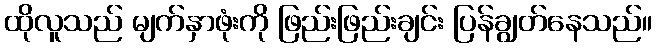
ထိုလူသည် မျက်နှာဖုံးကို ဖြည်းဖြည်းချင်း ပြန်ချွတ်နေသည်။